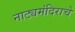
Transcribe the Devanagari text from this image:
नाट्यमंदिराचे